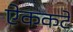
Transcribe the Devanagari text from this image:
ऐककटे